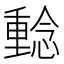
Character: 𱟔